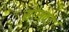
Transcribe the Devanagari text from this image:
सासवड़